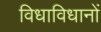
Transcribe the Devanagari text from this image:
विधाविधानों